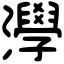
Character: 㶅